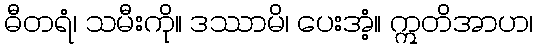
ဓီတရံ၊ သမီးကို။ ဒဿာမိ၊ ပေးအံ့။ ဣတိအာဟ၊